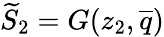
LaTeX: \widetilde{S}_{2}=G(z_{2},\overline{{q}})